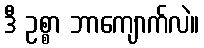
ဒီ ဥစ္စာ ဘာကျောက်လဲ။